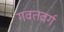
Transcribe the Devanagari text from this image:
गवतवर्ग